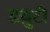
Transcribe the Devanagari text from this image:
डय़ुटी